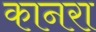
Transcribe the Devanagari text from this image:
कानरा